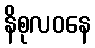
နိစုလဝနေ